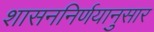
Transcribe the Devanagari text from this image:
शासननिर्णयानुसार